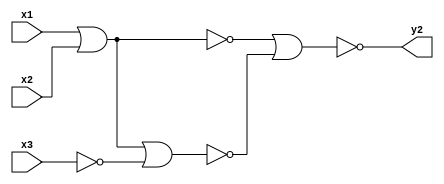
/*************************
 * Derek Prince          *
 * Problem Set #5        *
 * Problem 3             *
 * Circuit 2 description *
*************************/

// NOR-only logic gate function

module circuit_02(y2, x1, x2, x3);
  // outputs
  output y2;
  input x1, x2, x3;

  // Circuit structure
  not (nx3, x3);
  //maxterms
  nor (a, x1, x2);
  nor (b, x1, x2, nx3);
  //output
  nor (y2, a, b);

endmodule // end circuit_01